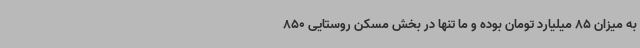
به میزان 85 میلیارد تومان بوده و ما تنها در بخش مسکن روستایی 850